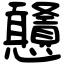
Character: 𢦀